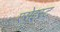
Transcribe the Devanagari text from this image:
एसेइस्ट